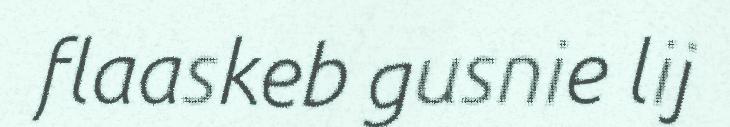
flaaskeb gusnie lij